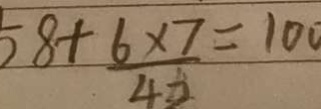
5 8 + \frac { 6 \times 7 } { 4 2 } = 1 0 0